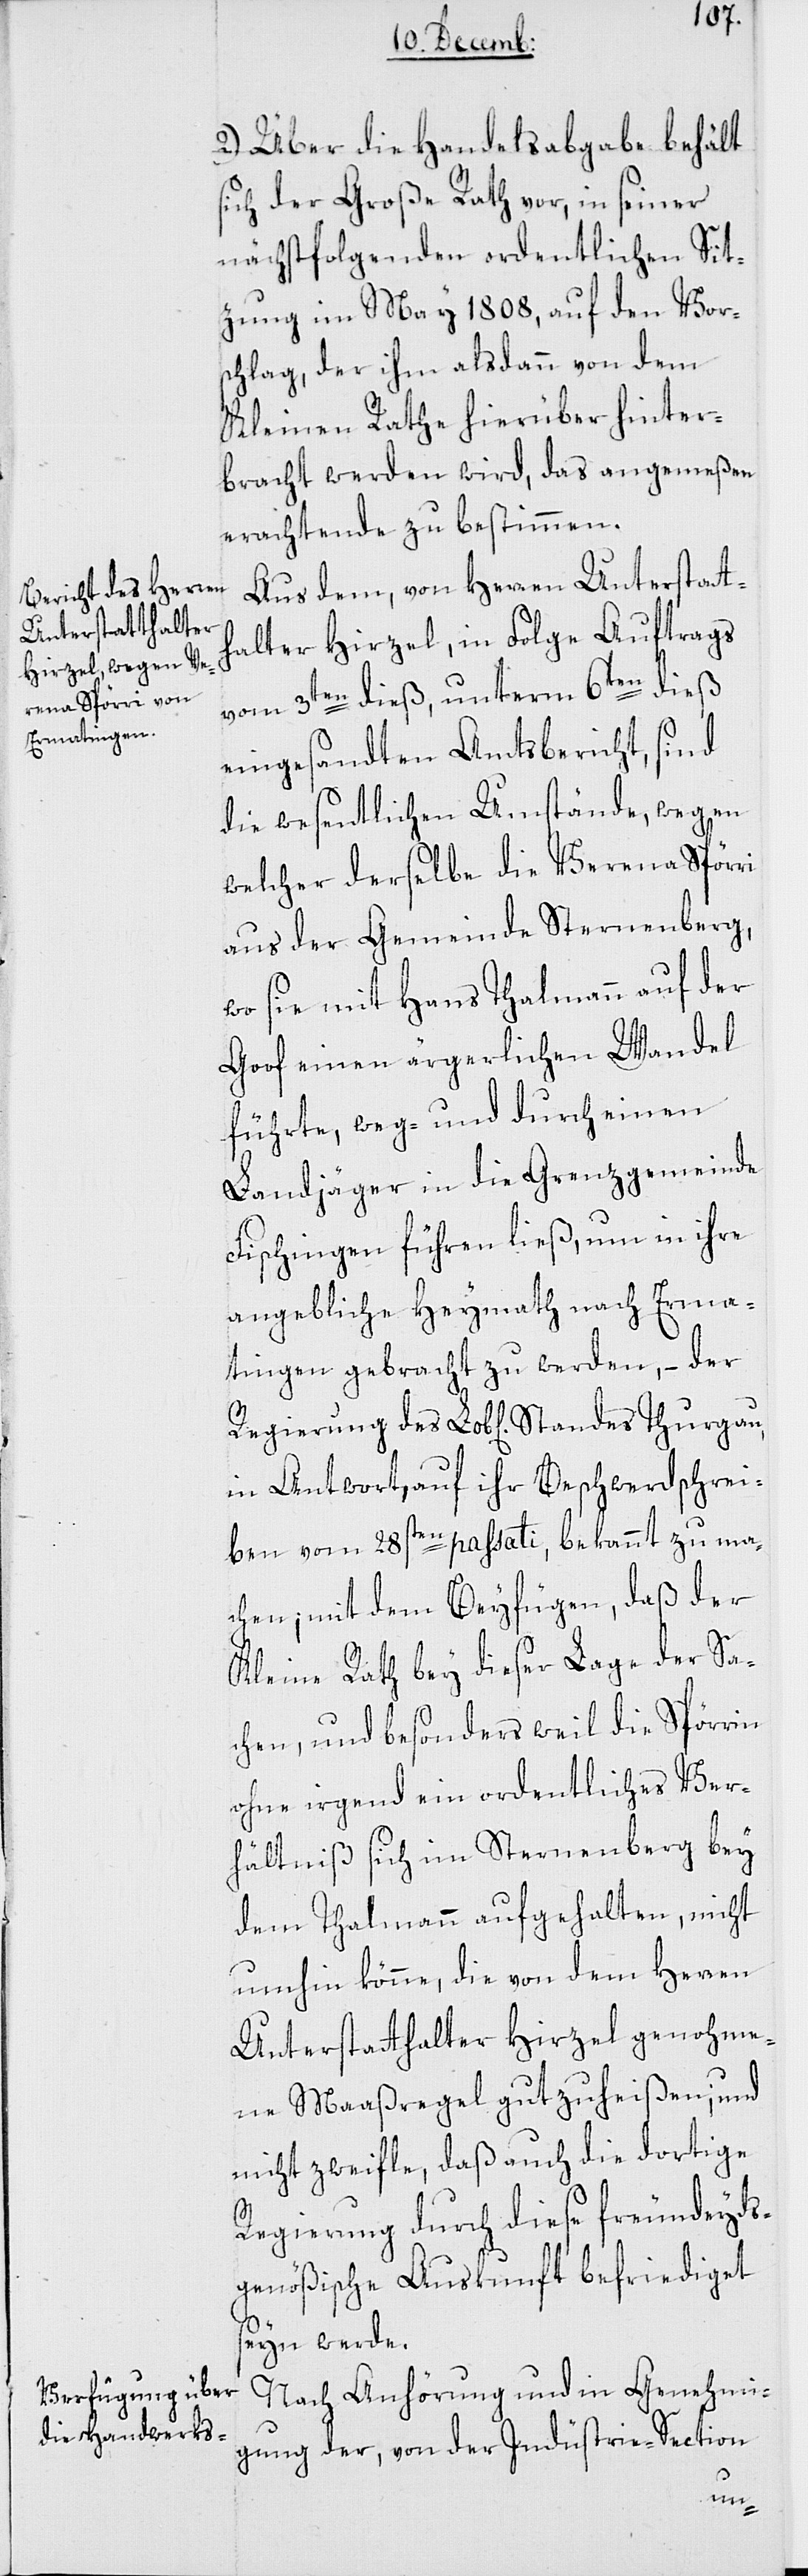
2.) Über die Handelsabgabe behält
sich der Große Rath vor, in seiner
nächstfolgenden ordentlichen Sit¬
zung im May 1808, auf den Vor¬
schlag, der ihm alsdann von dem
Kleinen Rathe hierüber hinter¬
bracht werden wird, das angemeßen
erachtende zu bestimmen.
Aus dem, von Herren Unterstatt¬
halter Hirzel, in Folge Auftrags
vom 3ten dieß, unterm 6ten dieß
eingesandten Amtsbericht, sind
die wesentlichen Umstände, wegen
welcher derselbe die Verena Spörri
aus der Gemeinde Sternenberg,
wo sie mit Hans Thalmann auf der
Goof einen ärgerlichen Wandel
führte, weg- und durch einen
Landjäger in die Grenzgemeinde
Fischingen führen ließ, um in ihre
angebliche Heymath nach Erma¬
tingen gebracht zu werden, – der
Regierung des Lob[lichen] Standes Thurgau
in Antwort auf ihr Beschwerdschrei¬
ben vom 28sten passati, bekannt zu ma¬
chen; mit dem Beyfügen, daß der
Kleine Rath bey dieser Lage der Sa¬
chen, und besonders weil die Spörrin
ohne irgend ein ordentliches Ver¬
hältniß sich im Sternenberg bey
dem Thalmann aufgehalten, nicht
umhin könne, die von dem Herren
Unterstatthalter Hirzel genohme¬
ne Maaßregel gutzuheißen, und
nicht zweifle, daß auch die dortige
Regierung durch diese freundeyds¬
genößische Auskunft befriediget
seyn werde.
Nach Anhörung und in Genehmi¬
gung der von der Industrie-Section